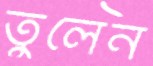
তুলেন